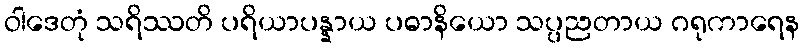
ဝါဒေတုံ သရိဿတိ ပရိယာပန္နာယ ပဓာနိယော သပ္ပညတာယ ဂရုကာရေန